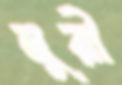
মুরী